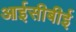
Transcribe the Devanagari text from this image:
आईसीबीई